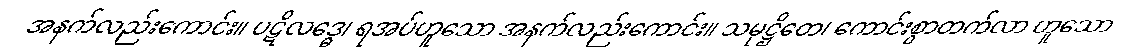
အနက်လည်းကောင်း။ ပဋိလဒ္ဓေ၊ ရအပ်ဟူသော အနက်လည်းကောင်း။ သမုဋ္ဌိတေ၊ ကောင်းစွာတက်လာ ဟူသော